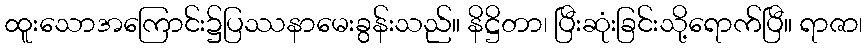
ထူးသောအကြောင်း၌ပြဿနာမေးခွန်းသည်။ နိဋ္ဌိတာ၊ ပြီးဆုံးခြင်းသို့ရောက်ပြီ။ ရာဇာ၊